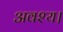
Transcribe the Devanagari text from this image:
अवश्य।